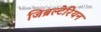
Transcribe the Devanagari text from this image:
जिब्रल्टेरियन